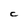
Character: C